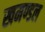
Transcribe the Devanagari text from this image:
खमण्डल